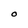
Character: O